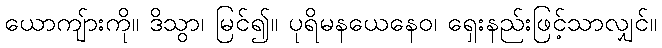
ယောကျ်ားကို။ ဒိသွာ၊ မြင်၍။ ပုရိမနယေနေဝ၊ ရှေးနည်းဖြင့်သာလျှင်။